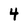
Character: 4